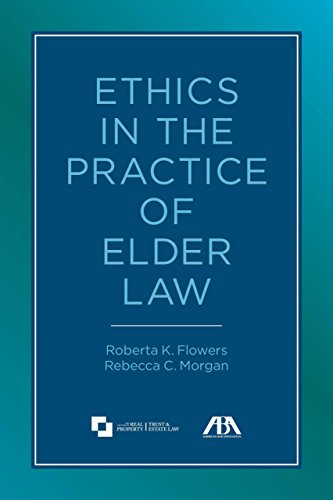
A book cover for Ethics in the Practice of Elder Law; Roberta K. Flowers ; Law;